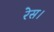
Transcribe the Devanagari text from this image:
रेस।